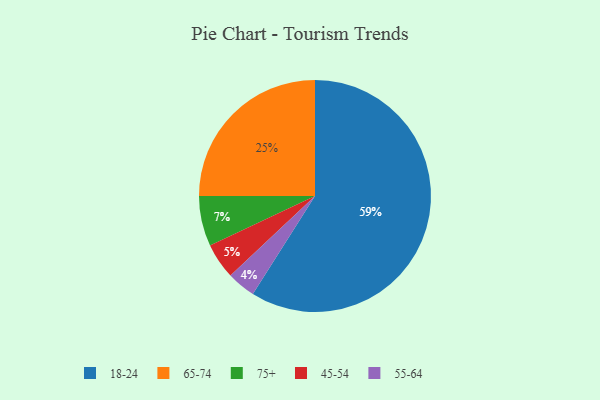
{"axis": {"x": "Category", "y": "Percentage"}, "legend": ["18-24", "45-54", "55-64", "65-74", "75+"], "data": [{"x": "75+", "y": 7, "type": "75+"}, {"x": "65-74", "y": 25, "type": "65-74"}, {"x": "18-24", "y": 59, "type": "18-24"}, {"x": "55-64", "y": 4, "type": "55-64"}, {"x": "45-54", "y": 5, "type": "45-54"}]}